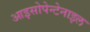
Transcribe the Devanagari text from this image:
आइसोपेन्टेनाइल